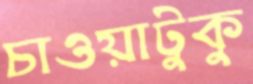
চাওয়াটুকু